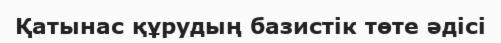
Қатынас құрудың базистік төте әдісі